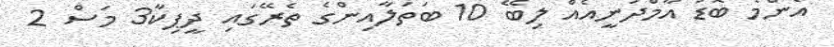
އެންމެ ބޮޑު އާމްދަނީއެއް ލިބޭ 10 ބަތަލާއިންގެ ތެރޭގައި ދީޕިކާ3 މަސް 2